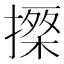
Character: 𢳗